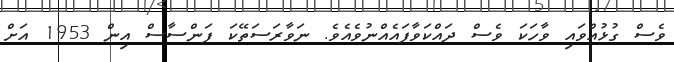
ވެސް ގުޅުއްވައި ވާހަކަ ވެސް ދައްކަވާފައެއްނުވެއެވެ. ނަވާރަސަތޭކަ ފަންސާސް އިން 1953 އަށް